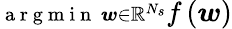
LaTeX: \substack{\mathrm{~a~r~g~m~i~n~}\, \boldsymbol{w}\in\mathbb{R}^{N_{s}}}f\left(\boldsymbol{w}\right)